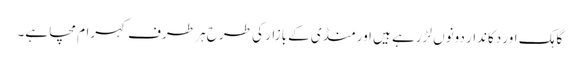
گاہک اور دکاندار دونوں لڑرہے ہیں اور منڈی کے بازار کی طرح ہر طرف کہرام مچا ہے۔